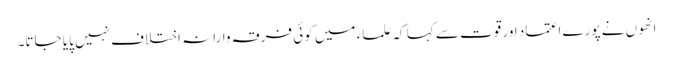
انھوں نے پورے اعتماد اور قوت سے کہا کہ علماء میں کوئی فرقہ وارانہ اختلاف نہیں پایا جاتا۔